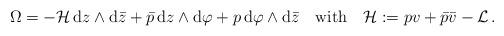
LaTeX: \begin{align*}\Omega=-{\cal H}\,\mbox{d}z\wedge\mbox{d}\bar{z}+\bar{p}\,\mbox{d}z\wedge\mbox{d}\varphi+p\,\mbox{d}\varphi\wedge\mbox{d}\bar{z}\quad\mbox{with}\quad {\cal H}:=pv+\bar{p}\bar{v}-{\cal L}\,.\end{align*}